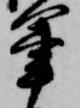
軍